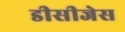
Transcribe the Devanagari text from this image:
डीसीजेस